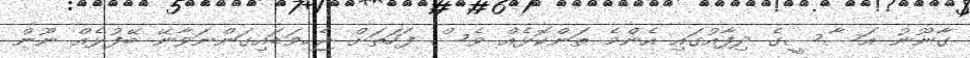
ގާނޫނު އަސާސީގެ ދިފާއުގައި އެންމެ ތަންކޮޅެއް ވެސް ފަހަތަށް ޖެހިވަޑައިގަންނަވާނޭ ބޭފުޅެއް ނޫން